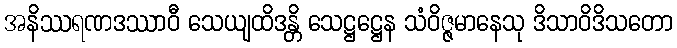
အနိဿရဏဒဿာဝီ သေယျထိဒန္တိ သေဋ္ဌဋ္ဌေန သံဝိဇ္ဇမာနေသု ဒိသာဝိဒိသတော